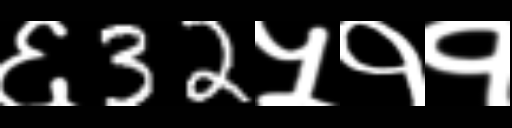
Text: ६32५११